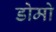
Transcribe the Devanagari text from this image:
डोमो